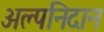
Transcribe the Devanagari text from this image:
अल्पनिदान